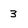
Character: 3